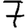
Digit: 7